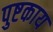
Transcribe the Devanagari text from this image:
पुष्टकाय